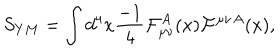
S _ { Y M } = \int d ^ { 4 } x { \frac { - 1 } { 4 } } { \cal F } _ { \mu \nu } ^ { A } ( x ) { \cal F } ^ { \mu \nu } { } ^ { A } ( x ) ,